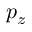
p _ { z }